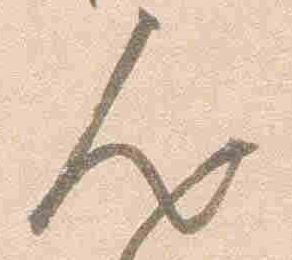
人